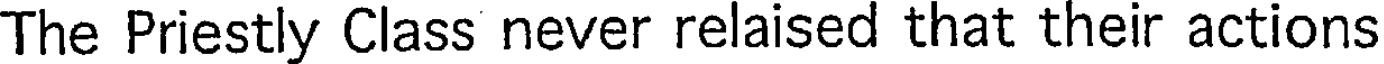
The Priestly Class never relaised that their actions